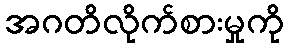
အဂတိလိုက်စားမှုကို